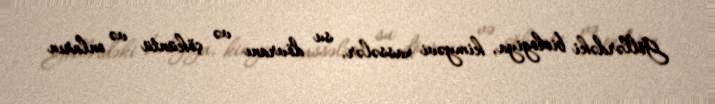
Göllərdəki biologiya, kimyəvi xassələr, su dövranı və çöküntü və onların